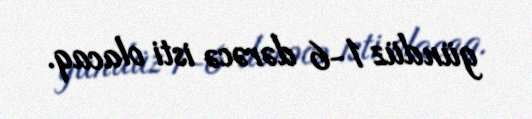
gündüz 1-6 dərəcə isti olacaq.